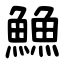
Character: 䲆